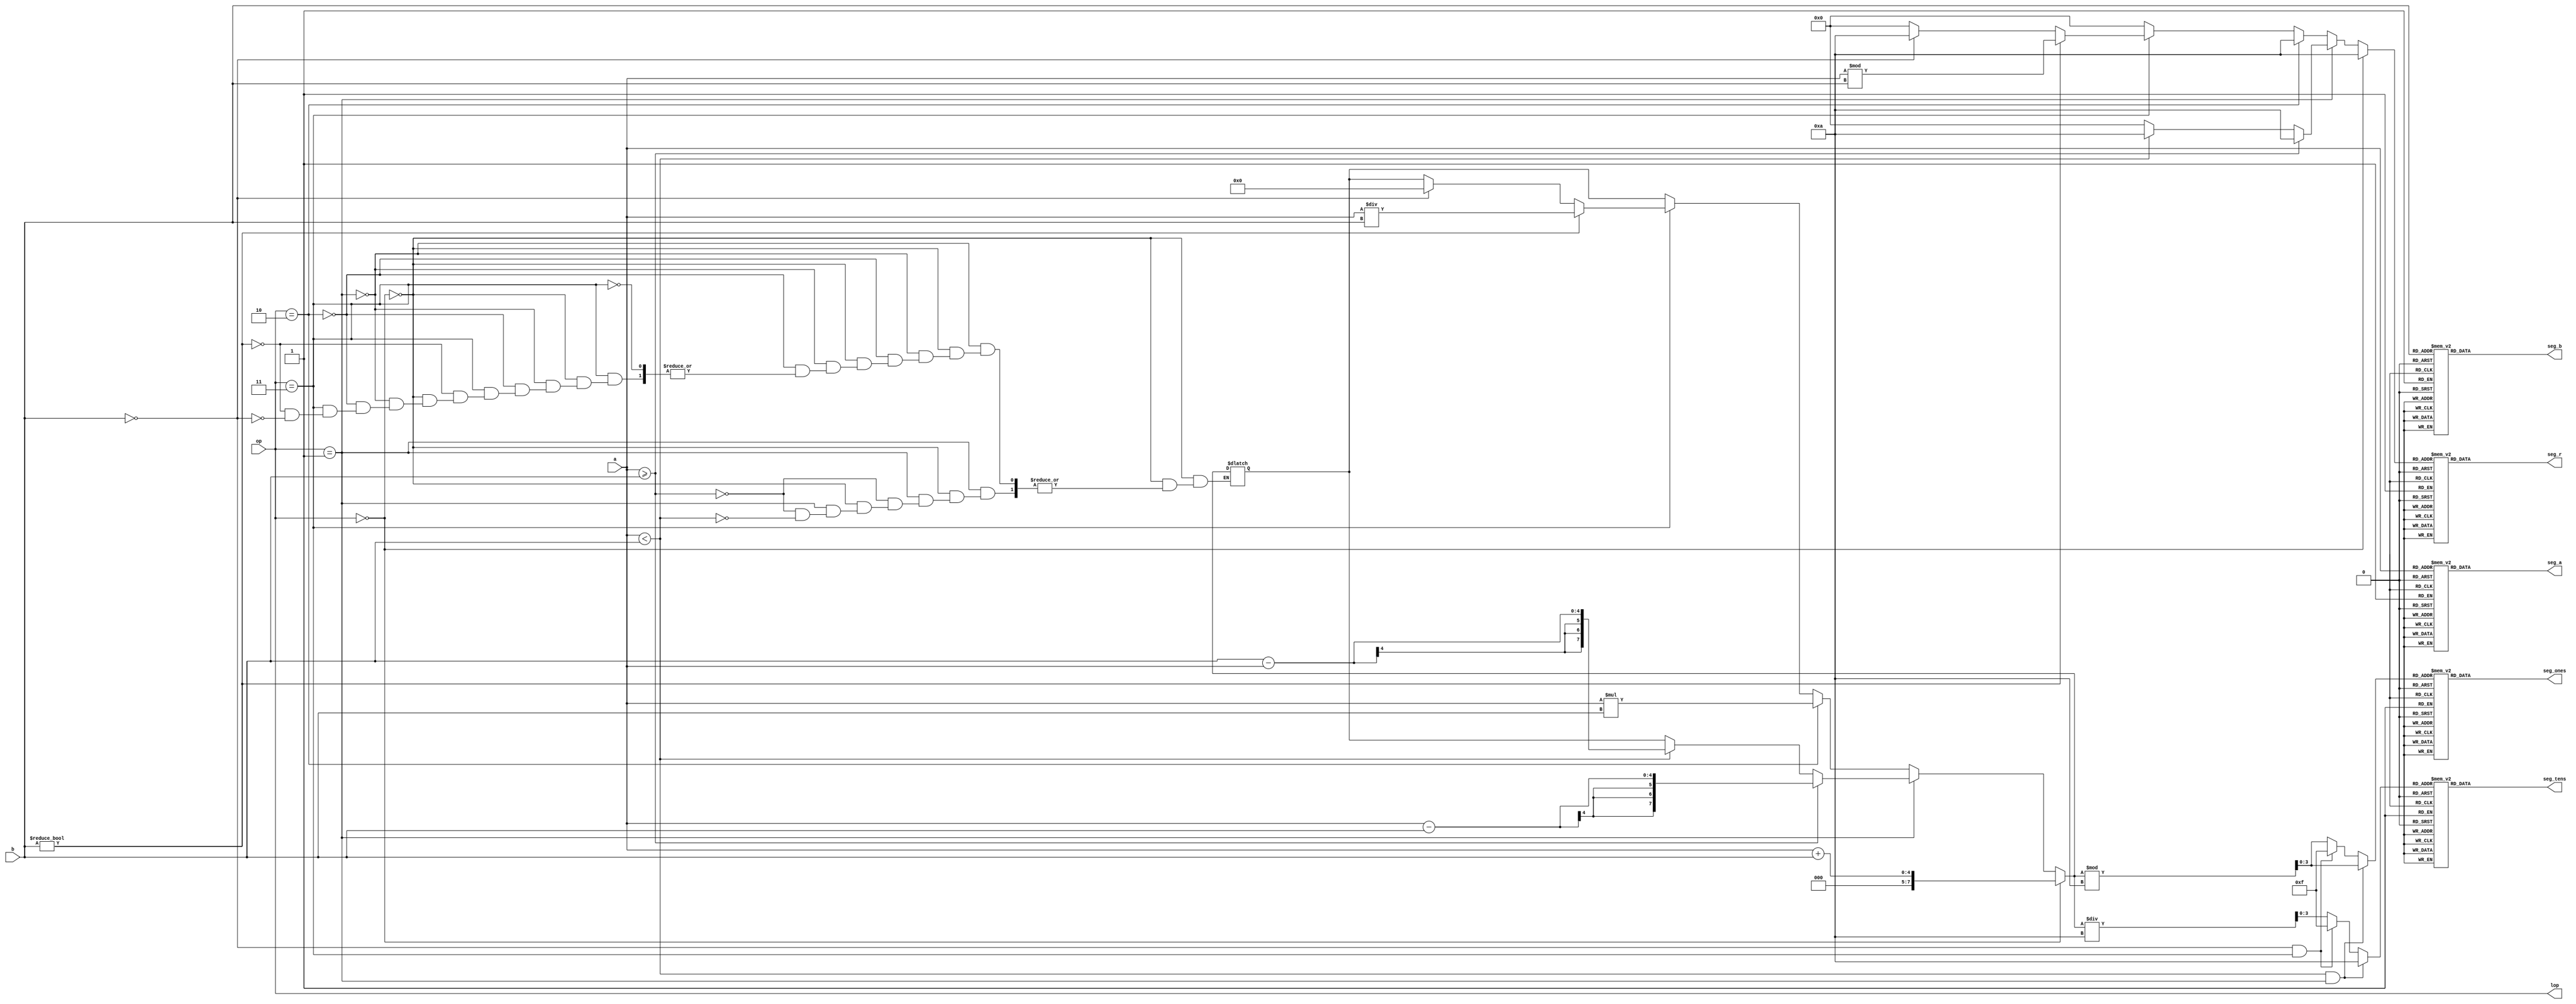
module midtermwith7(a,b,op,seg_a,seg_b,seg_ones,seg_tens,seg_r,lop);
	input [3:0]a,b;
	input [1:0]op;
	output [1:0]lop;
	reg [1:0]lop;
	output [6:0]seg_a,seg_b,seg_ones,seg_tens,seg_r;
	reg [7:0]result;
	reg [6:0]seg_a,seg_b,seg_r,seg_ones,seg_tens;
	reg [3:0]r;
	reg [3:0]temp_ones;
	reg[3:0]temp_tens;
	always@(*)begin
		r=4'b0000;
		if(op==2'b00)begin
		result=a+b;
		r=4'b1010;
		end
		else if(op==2'b01)begin
			if(a>=b)begin
			result=a-b;
			r=4'b1010;
			end
			else if(a<b)begin
			result=b-a;
			r=4'b1010;
			end
		end
		else if(op==2'b10)begin
		result=a*b;
		r=4'b1010;
		end
		else if(op==2'b11)begin
		if(b!=0)begin
		result=a/b;
		r=a%b;
		end
		else if(b==0)begin
		result=8'b00000000;
		r=4'b1010;
		end
		end
		if((a<b)&&(op==2'b01))begin
		temp_tens=4'b1010;
		temp_ones=result%10;
		end
		else if((b==0)&&(op==2'b11))begin
		temp_tens=7'b1111111;
		temp_ones=7'b1111111;
		end
		else begin
		temp_ones=result%10;
		temp_tens=result/10;
		end
		lop=op;
	end
	always@(*)begin
		case(a)
			4'b0000:seg_a=7'b1000000;//0
			4'b0001:seg_a=7'b1111001;//1
			4'b0010:seg_a=7'b0100100;//2
			4'b0011:seg_a=7'b0110000;//3
			4'b0100:seg_a=7'b0011001;//4
			4'b0101:seg_a=7'b0010010;//5
			4'b0110:seg_a=7'b0000010;//6
			4'b0111:seg_a=7'b1111000;//7
			4'b1000:seg_a=7'b0000000;//8
			4'b1001:seg_a=7'b0011000;//9
			default:seg_a=7'b1111111;
		endcase
	end
	always@(*)begin
		case(b)
			4'b0000:seg_b=7'b1000000;//0
			4'b0001:seg_b=7'b1111001;//1
			4'b0010:seg_b=7'b0100100;//2
			4'b0011:seg_b=7'b0110000;//3
			4'b0100:seg_b=7'b0011001;//4
			4'b0101:seg_b=7'b0010010;//5
			4'b0110:seg_b=7'b0000010;//6
			4'b0111:seg_b=7'b1111000;//7
			4'b1000:seg_b=7'b0000000;//8
			4'b1001:seg_b=7'b0011000;//9
			default:seg_b=7'b1111111;
		endcase
	end
	always@(*)begin
		case(temp_ones)
			4'b0000:seg_ones=7'b1000000;//0
			4'b0001:seg_ones=7'b1111001;//1
			4'b0010:seg_ones=7'b0100100;//2
			4'b0011:seg_ones=7'b0110000;//3
			4'b0100:seg_ones=7'b0011001;//4
			4'b0101:seg_ones=7'b0010010;//5
			4'b0110:seg_ones=7'b0000010;//6
			4'b0111:seg_ones=7'b1111000;//7
			4'b1000:seg_ones=7'b0000000;//8
			4'b1001:seg_ones=7'b0011000;//9
			default:seg_ones=7'b1111111;
		endcase
	end
	always@(*)begin
		case(temp_tens)
			4'b0000:seg_tens=7'b1000000;//0
			4'b0001:seg_tens=7'b1111001;//1
			4'b0010:seg_tens=7'b0100100;//2
			4'b0011:seg_tens=7'b0110000;//3
			4'b0100:seg_tens=7'b0011001;//4
			4'b0101:seg_tens=7'b0010010;//5
			4'b0110:seg_tens=7'b0000010;//6
			4'b0111:seg_tens=7'b1111000;//7
			4'b1000:seg_tens=7'b0000000;//8
			4'b1001:seg_tens=7'b0011000;//9
			4'b1010:seg_tens=7'b0111111;//-
			default:seg_tens=7'b1111111;
		endcase
	end
	always@(*)begin
		case(r)
			4'b0000:seg_r=7'b1000000;//0
			4'b0001:seg_r=7'b1111001;//1
			4'b0010:seg_r=7'b0100100;//2
			4'b0011:seg_r=7'b0110000;//3
			4'b0100:seg_r=7'b0011001;//4
			4'b0101:seg_r=7'b0010010;//5
			4'b0110:seg_r=7'b0000010;//6
			4'b0111:seg_r=7'b1111000;//7
			4'b1000:seg_r=7'b0000000;//8
			4'b1001:seg_r=7'b0011000;//9
			4'b1010:seg_r=7'b1111111;//delete r
			default:seg_r=7'b1111111;
		endcase
	end
endmodule